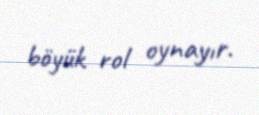
böyük rol oynayır.